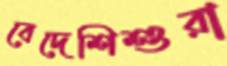
বেদেশিশুরা